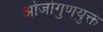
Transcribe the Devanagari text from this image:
ओजोगुणयुक्त